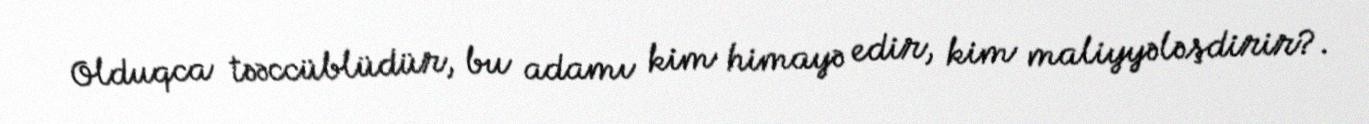
Olduqca təəccüblüdür, bu adamı kim himayə edir, kim maliyyələşdirir?.